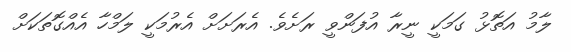
ލާމު އަތޮޅު ގަމަކީ ނީރާ އުފަންވީ ރަށެވެ. އެރަށަށް އެރުމަކީ ލަމްހާ އެއްގޮތަކަށް